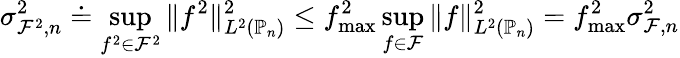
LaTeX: \sigma_{\mathcal{F}^{2},n}^{2}\doteq\operatorname*{sup}_{f^{2}\in\mathcal{F}^{2}}\| f^{2}\| _{L^{2}(\mathbb{P}_{n})}^{2}\le f_{\operatorname*{max}}^{2}\operatorname*{sup}_{f\in\mathcal{F}}\| f\| _{L^{2}(\mathbb{P}_{n})}^{2}=f_{\operatorname*{max}}^{2}\sigma_{\mathcal{F},n}^{2}